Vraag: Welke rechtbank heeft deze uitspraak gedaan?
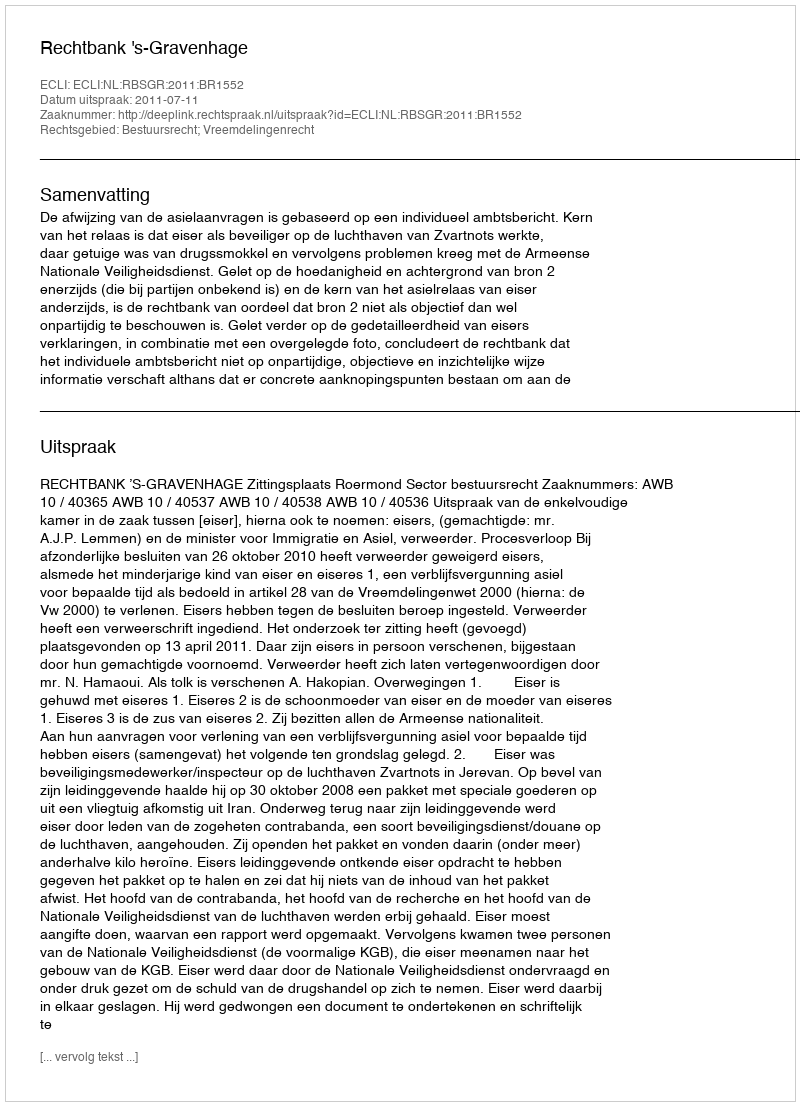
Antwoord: Rechtbank 's-Gravenhage